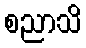
စညာသိ